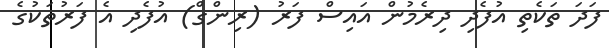
ފަދަ ތަކެތި އުފެދި ދިރެމުން އައިސް ފަރު (ރިންގް) އުފެދި އެ ފަރުތަކުގެ